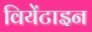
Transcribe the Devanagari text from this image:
वियेंटाइन